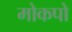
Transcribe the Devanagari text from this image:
मोकपो